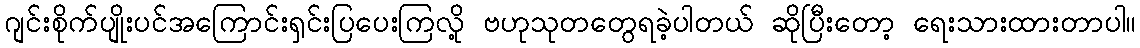
ဂျင်းစိုက်ပျိုးပင်အကြောင်းရှင်းပြပေးကြလို့ ဗဟုသုတတွေရခဲ့ပါတယ် ဆိုပြီးတော့ ရေးသားထားတာပါ။